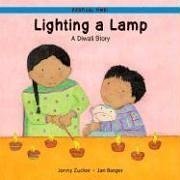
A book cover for Lighting a Lamp: A Diwali Story (Festival Time); Jonny Zucker; Children's Books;